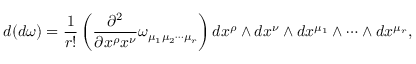
d ( d \omega ) = \frac { 1 } { r ! } \left( \frac { \partial ^ { 2 } } { \partial x ^ { \rho } x ^ { \nu } } \omega _ { \mu _ { 1 } \mu _ { 2 } \cdots \mu _ { r } } \right) d x ^ { \rho } \wedge d x ^ { \nu } \wedge d x ^ { \mu _ { 1 } } \wedge \cdots \wedge d x ^ { \mu _ { r } } ,